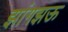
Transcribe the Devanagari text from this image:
झांगझऊ